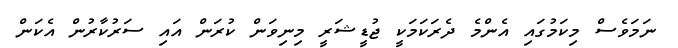
ނަމަވެސް މިކަމުގައި އެންމެ ދެރަކަމަކީ ޖުޑީޝަރީ މިނިވަން ކުރަން އައި ސަރުކާރުން އެކަން